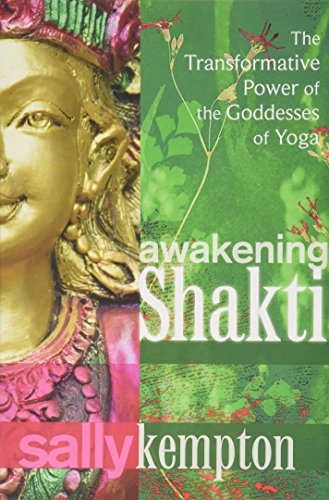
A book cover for Awakening Shakti: The Transformative Power of the Goddesses of Yoga; Sally Kempton; Religion & Spirituality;